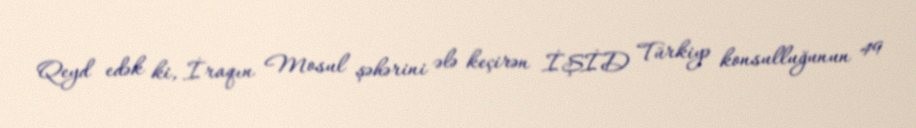
Qeyd edək ki, İraqın Mosul şəhərini ələ keçirən İŞİD Türkiyə konsulluğunun 49